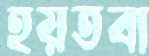
হয়তবা